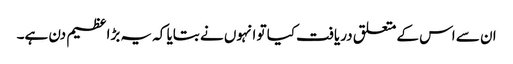
ان سے اس کے متعلق دریافت کیا تو انہوں نے بتایا کہ یہ بڑا عظیم دن ہے۔